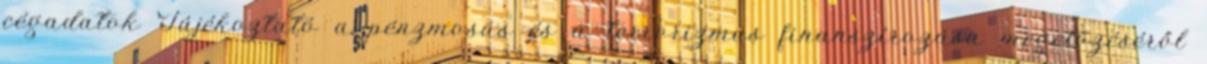
cégadatok Tájékoztató a pénzmosás és a terrorizmus finanszírozása megelőzéséről